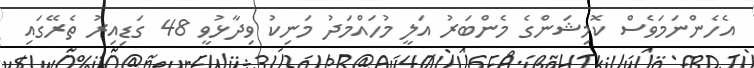
އެހެންނަމަވެސް ކޮމިޝަންގެ މެންބަރު އަލީ މުހައްމަދު މަނިކު ވިދާޅުވީ 48 ގަޑިއިރު ތެރޭގައި